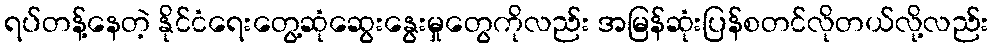
ရပ်တန့်နေတဲ့ နိုင်ငံရေးတွေ့ဆုံဆွေးနွေးမှုတွေကိုလည်း အမြန်ဆုံးပြန်စတင်လိုတယ်လို့လည်း